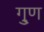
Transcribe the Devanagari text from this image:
गु्ण